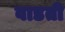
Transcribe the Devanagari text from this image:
वाडती